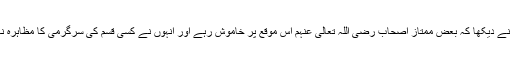
باغیوں نے دیکھا کہ بعض ممتاز اصحاب رضی اللہ تعالی عنہم اس موقع پر خاموش رہے اور انہوں نے کسی قسم کی سرگرمی کا مظاہرہ نہیں کیا۔